65_HS1-834228961_62-HQ-83894_Section_5
Agency: FBI
Page 185
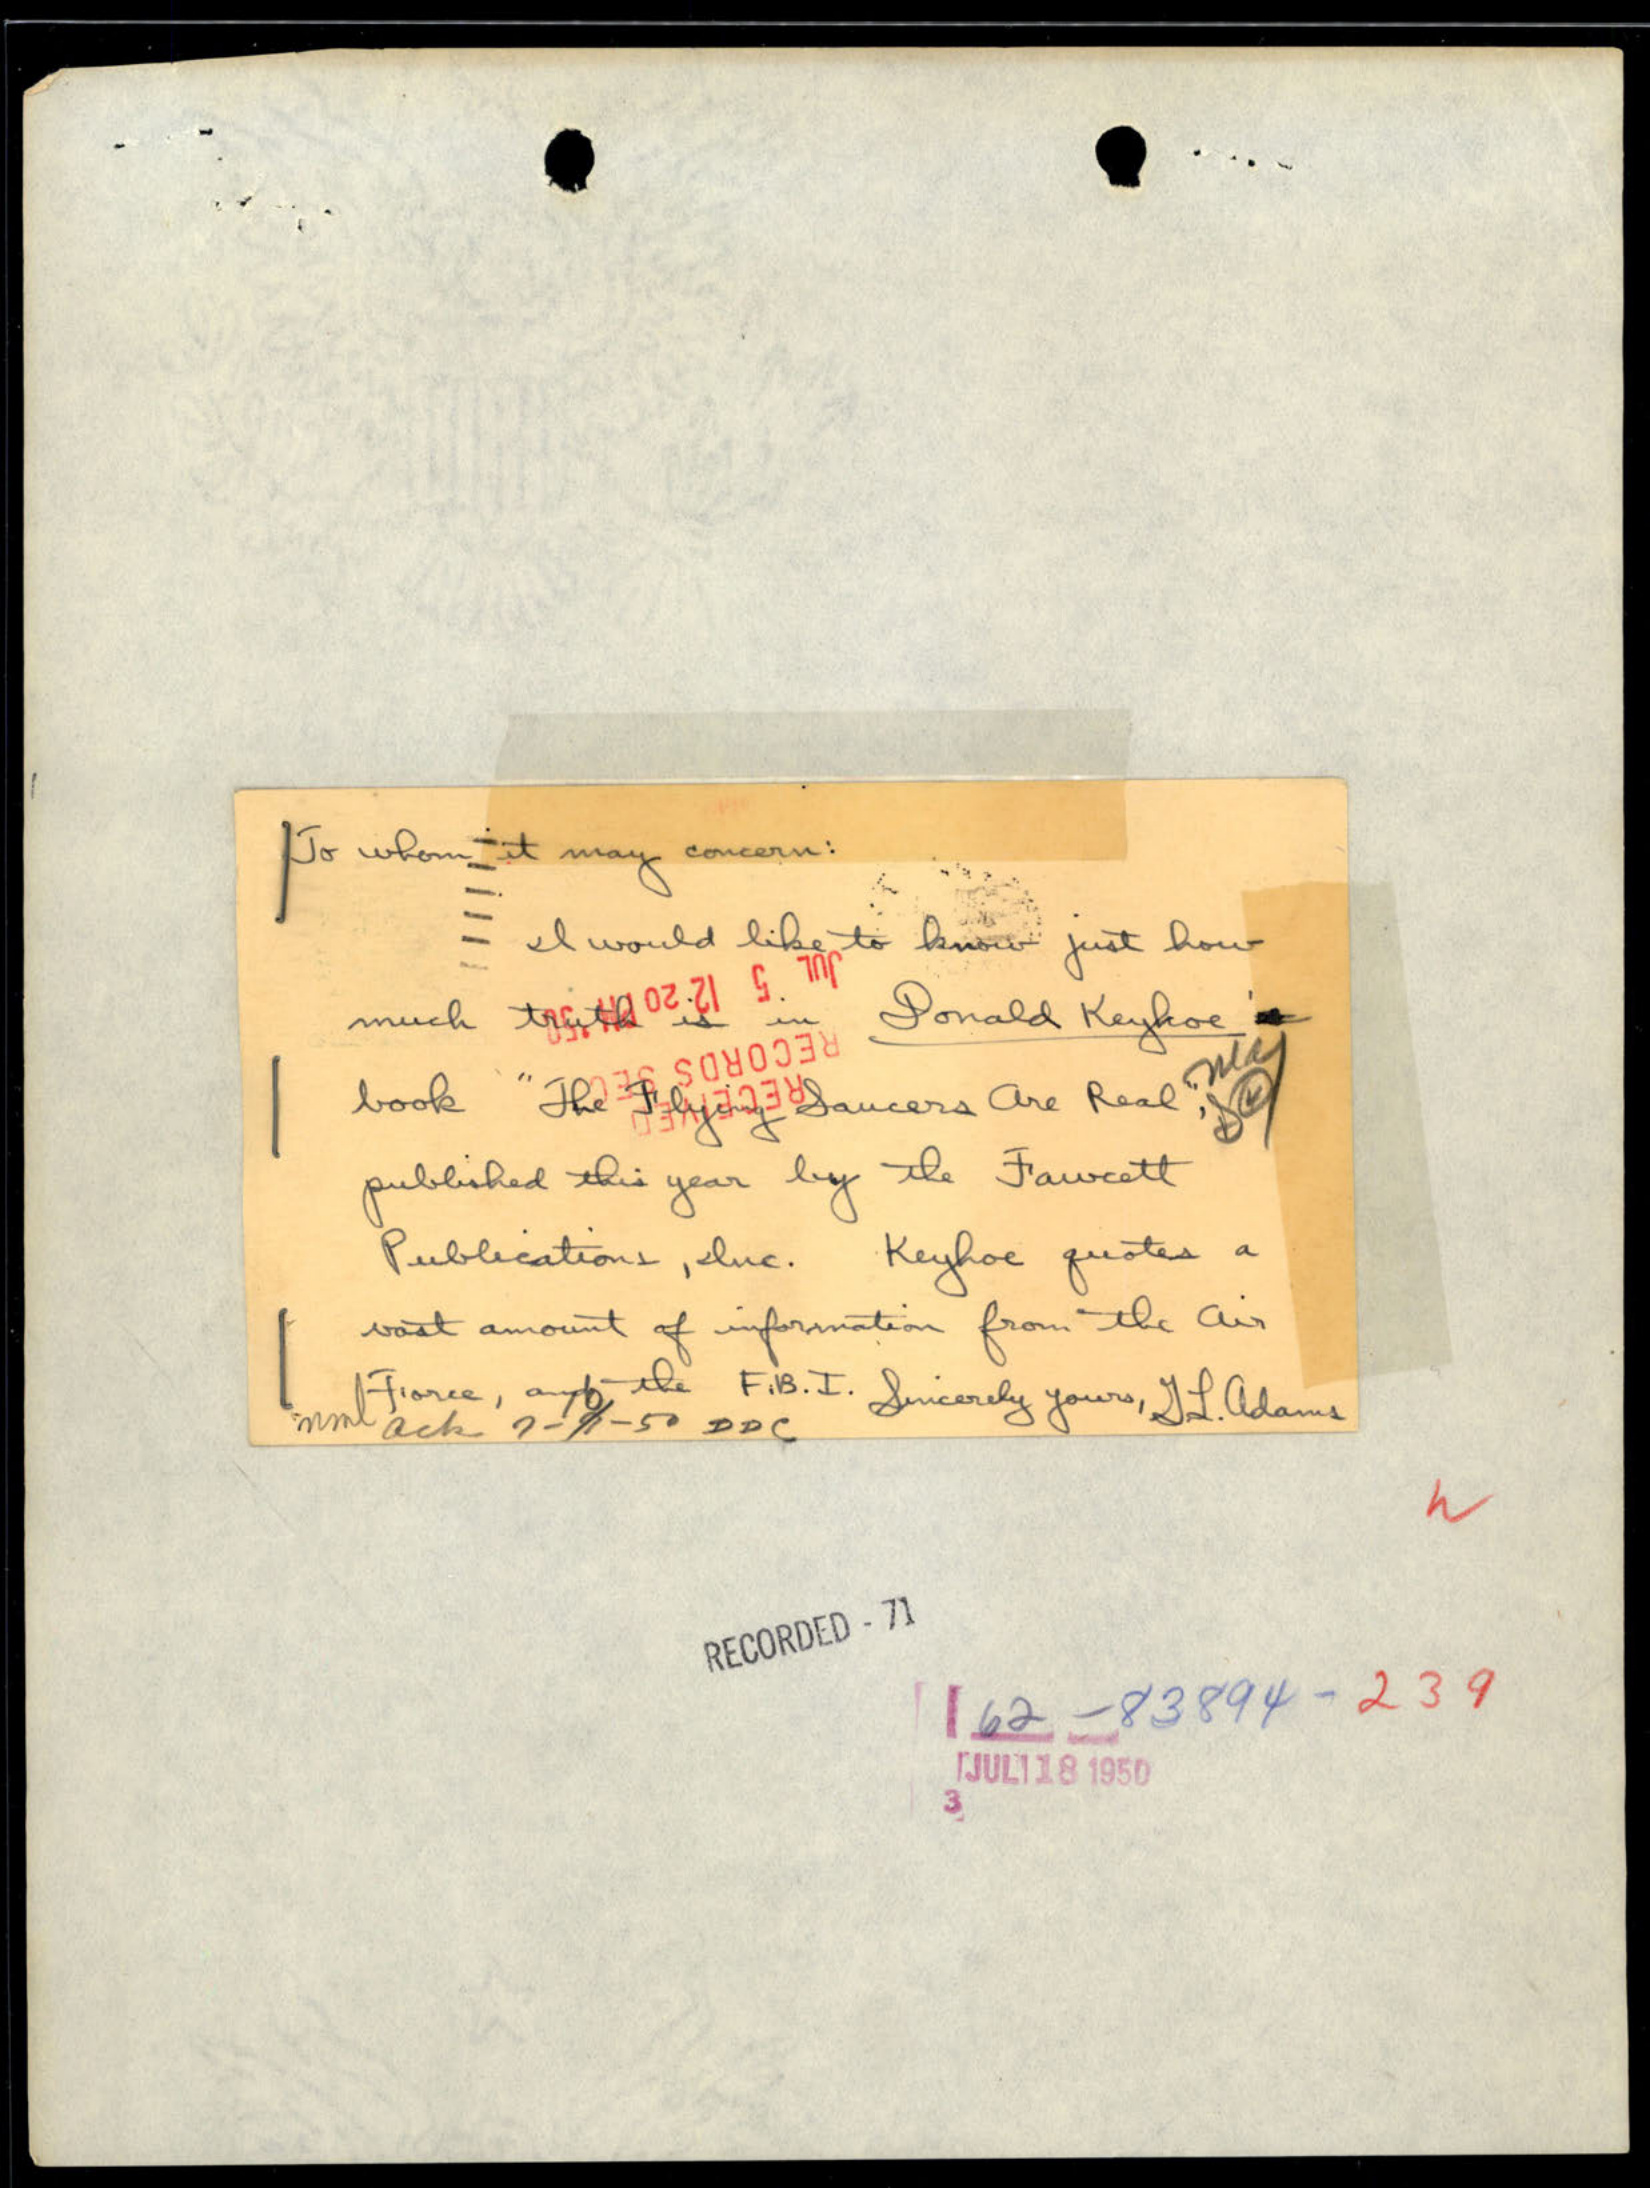